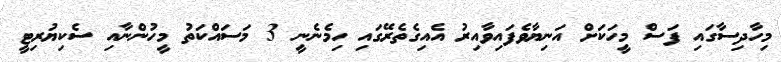
މިހާދިސާގައި ފަސް މީހަކަށް އަނިޔާވެފައިވާއިރު އެއިގެތެރޭގައި ހިމެނެނީ 3 މަސައްކަތު މީހުންނާއި ސެކިޔުރިޓީ